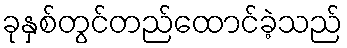
ခုနှစ်တွင်တည်ထောင်ခဲ့သည်